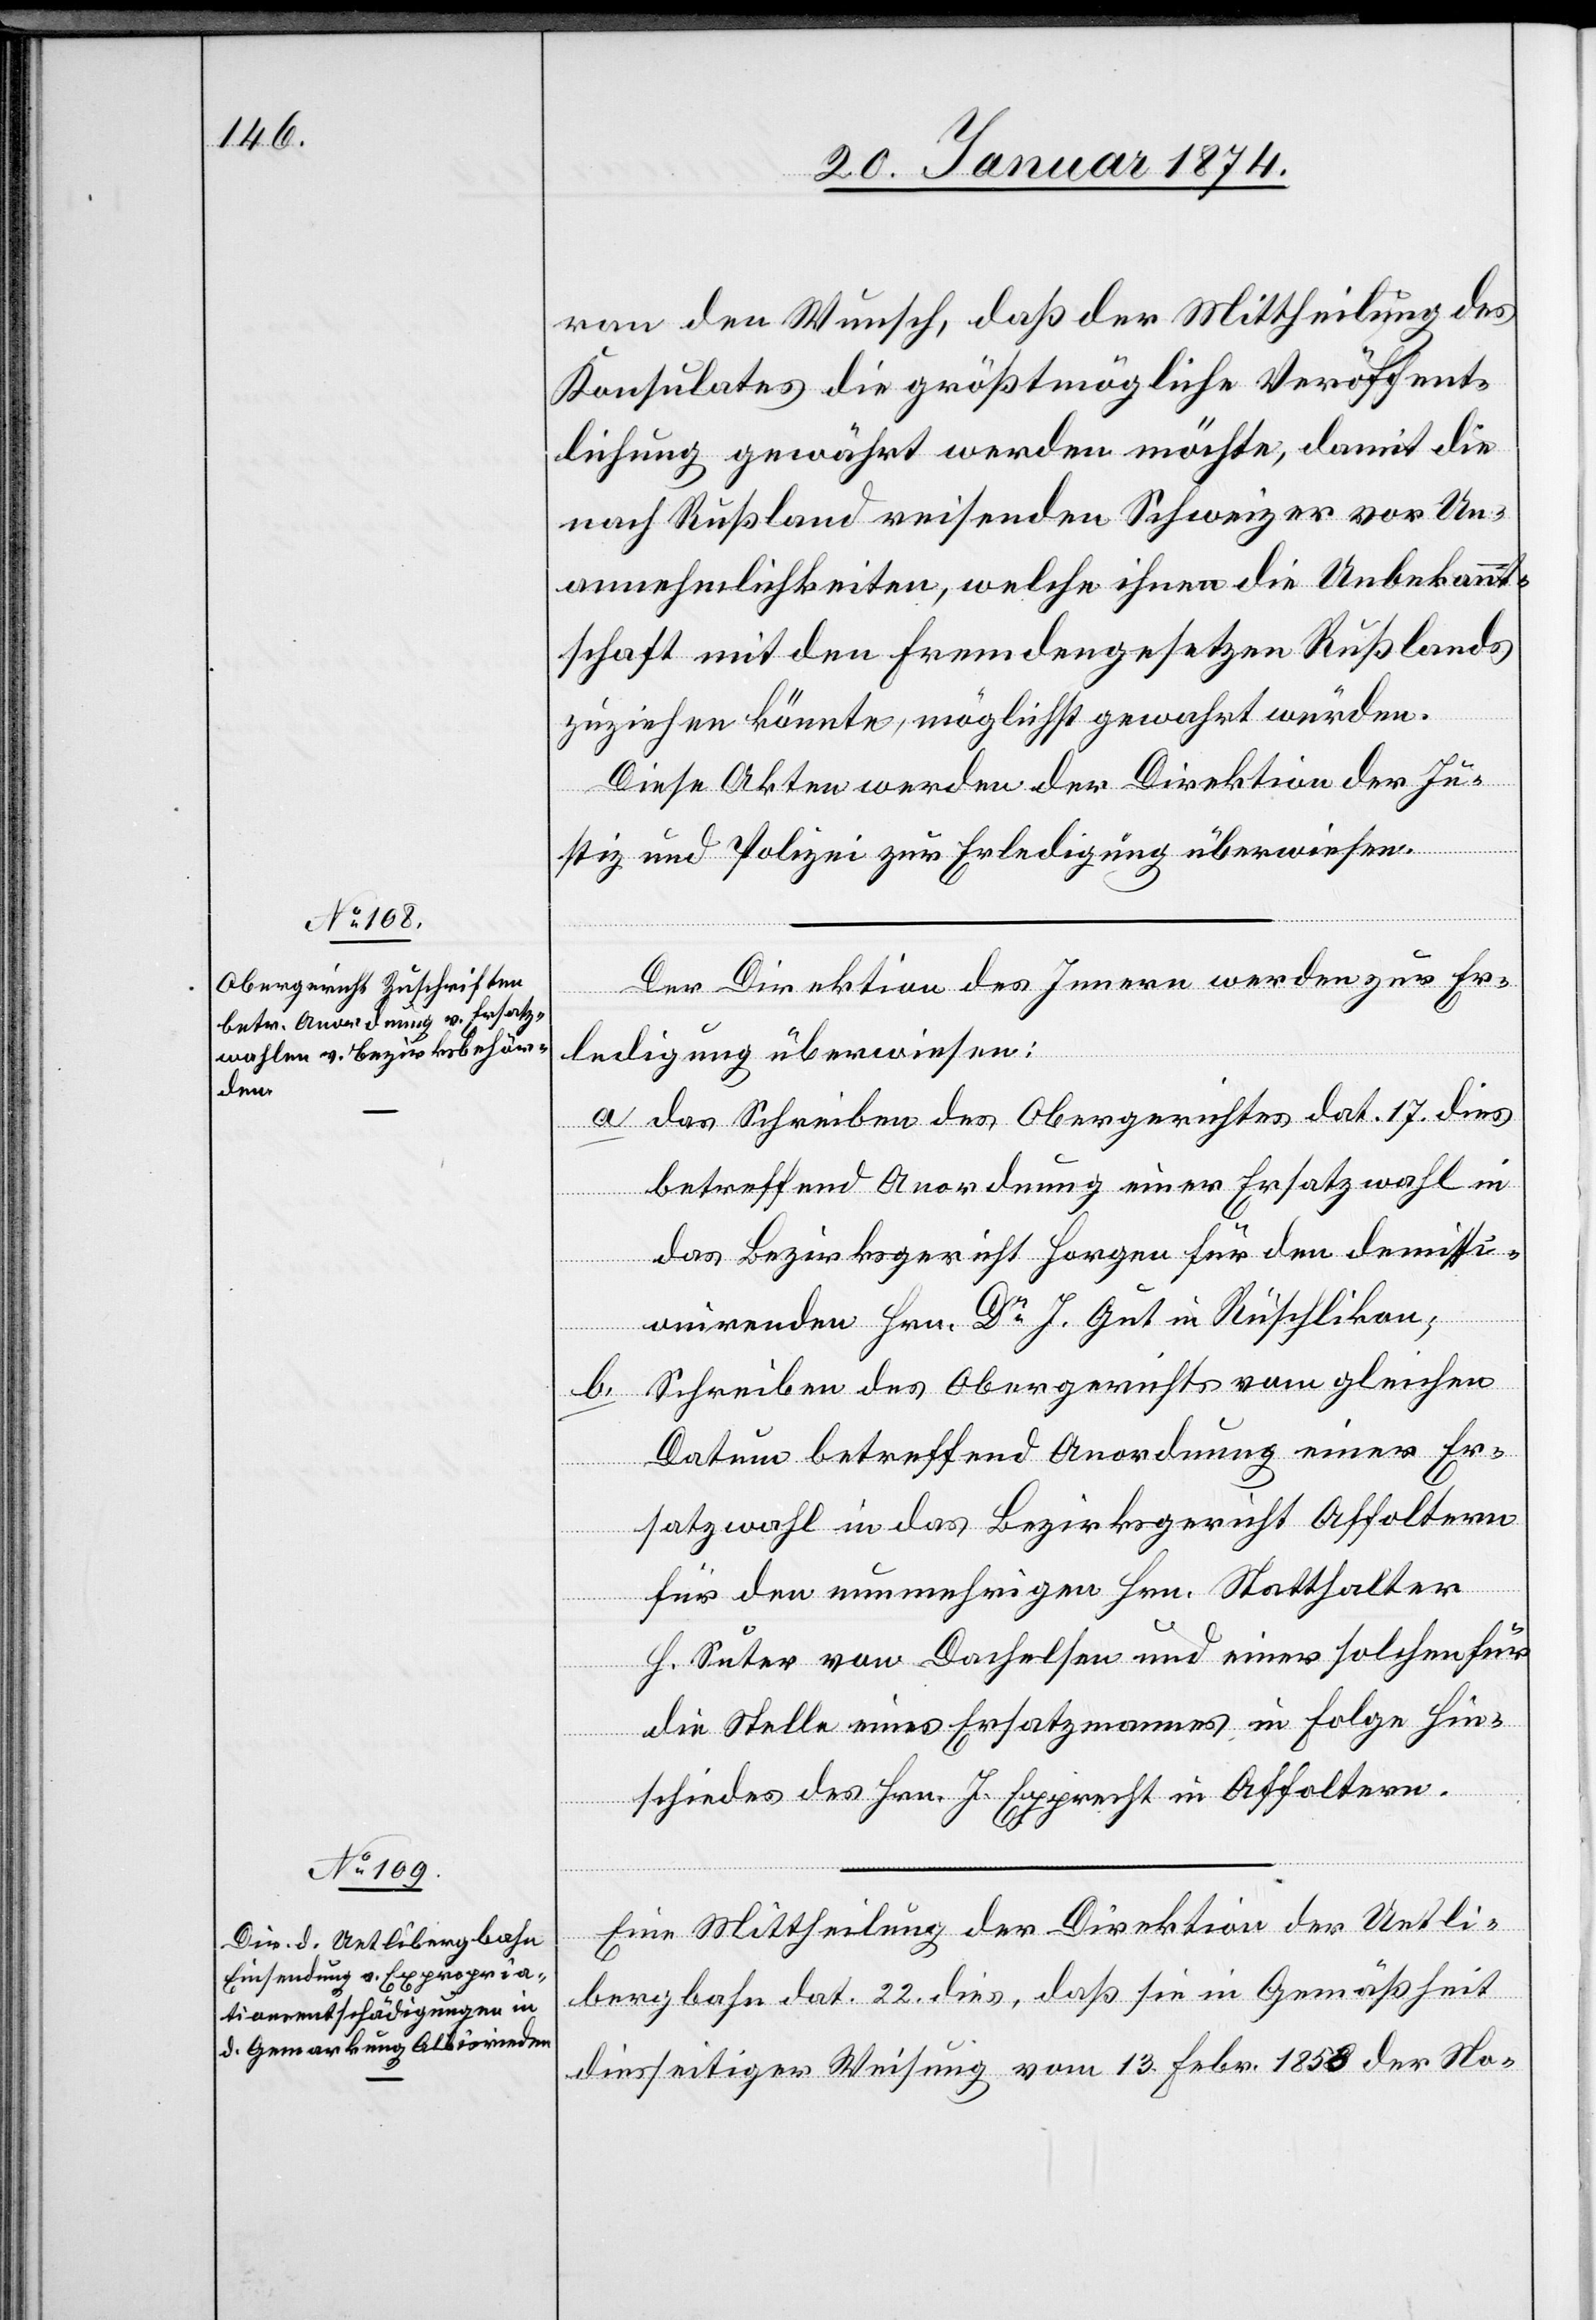
22. Januar 1874.]
ran den Wunsch, daß der Mittheilung des
Konsulates die größtmögliche Veröffent¬
lichung gewährt werden möchte, damit die
nach Rußland reisenden Schweizer vor Un¬
annehmlichkeiten, welche ihnen die Unbekannt¬
schaft mit den Fremdengesetzen Rußlands
zuziehen könnte, möglichst gewahrt würden.
Diese Akten werden der Direktion der Ju¬
stiz und Polizei zur Erledigung überwiesen.
Der Direktion des Innern werden zur Er¬
ledigung überwiesen:
a. das Schreiben des Obergerichtes dat. 17. dies
betreffend Anordnung einer Ersatzwahl in
das Bezirksgericht Horgen für den demissi¬
onirenden Hrn. Dr J. Gut in Rüschlikon;
Schreiben des Obergerichtes vom gleichen
b.
Datum betreffend Anordnung einer Er¬
satzwahl in das Bezirksgericht Affoltern
für den nunmehrigen Hrn. Statthalter
H. Suter von Dachelsen und eines solchen für
die Stelle eines Ersatzmannes in Folge Hin¬
schiedes des Hrn. J. Epprecht in Affoltern.
Eine Mittheilung der Direktion der Uetli¬
bergbahn dat. 22. dies, daß sie in Gemäßheit
diesseitiger Weisung vom 13. Febr. 1858 der No-